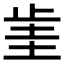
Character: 𣥮